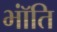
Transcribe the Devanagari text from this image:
भॉंति